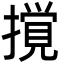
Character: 撹